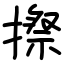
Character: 摖